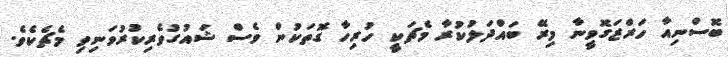
ބޮސްނިއާ ހަރްޒަގޮވީނާ މިރޭ ބައްދަލުކުރާ މެޗަކީ ހުރިހާ ގޮތަކުން ވެސް ޝައުގުވެރިކުރުވަނިވި މެޗެކެވެ.